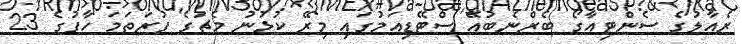
ރެއާލުގެ ސެންޓިއާގޯ ބެރްނެބުއޭ ސްޓޭޑިއަމުގައި މިރޭ ކުޅުނު މެޗުގެ ފުރަތަމަ ހާފުގެ 23